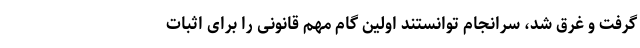
گرفت و غرق شد، سرانجام توانستند اولین گام مهم قانونی را برای اثبات